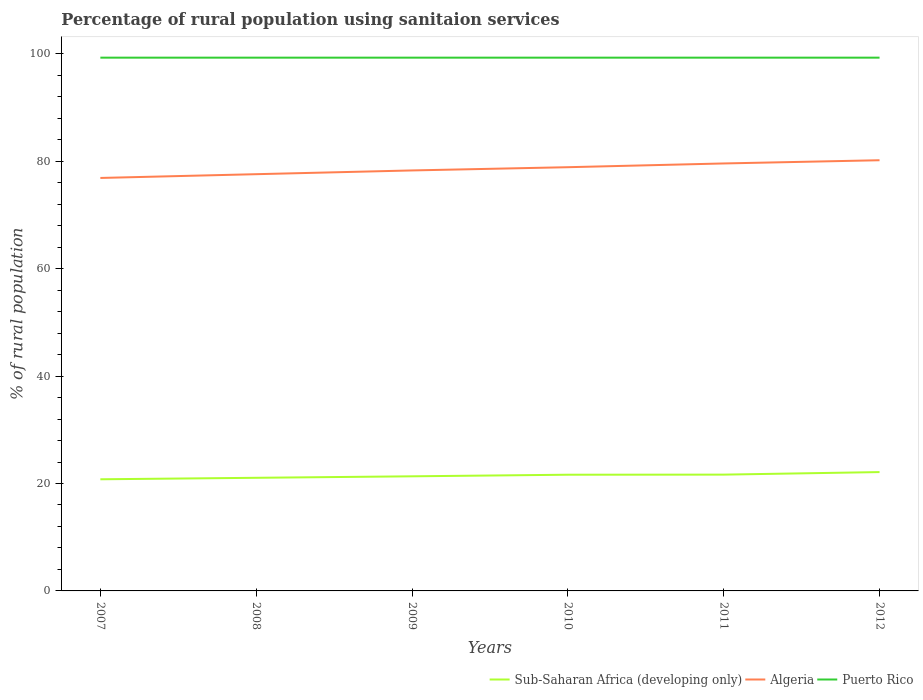
| Years | Sub-Saharan Africa (developing only) | Algeria | Puerto Rico |
 | --- | --- | --- | --- |
 | 2007 | 20.8 | 76.9 | 99.3 |
 | 2008 | 21.1 | 77.6 | 99.3 |
 | 2009 | 21.3 | 78.3 | 99.3 |
 | 2010 | 21.6 | 78.9 | 99.3 |
 | 2011 | 21.7 | 79.6 | 99.3 |
 | 2012 | 22.1 | 80.2 | 99.3 |